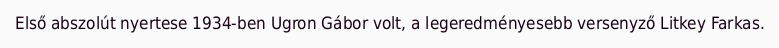
Első abszolút nyertese 1934-ben Ugron Gábor volt, a legeredményesebb versenyző Litkey Farkas.